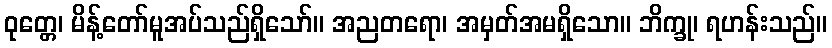
ဝုတ္တေ၊ မိန့်တော်မူအပ်သည်ရှိသော်။ အညတရော၊ အမှတ်အမရှိသော။ ဘိက္ခု၊ ရဟန်းသည်။